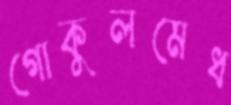
গোকুলমেধ